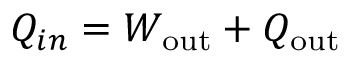
Q _ { i n } = W _ { \mathrm { { o u t } } } + Q _ { \mathrm { { o u t } } }